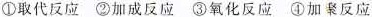
①取代反应②加成反应③氧化反应④加聚反应